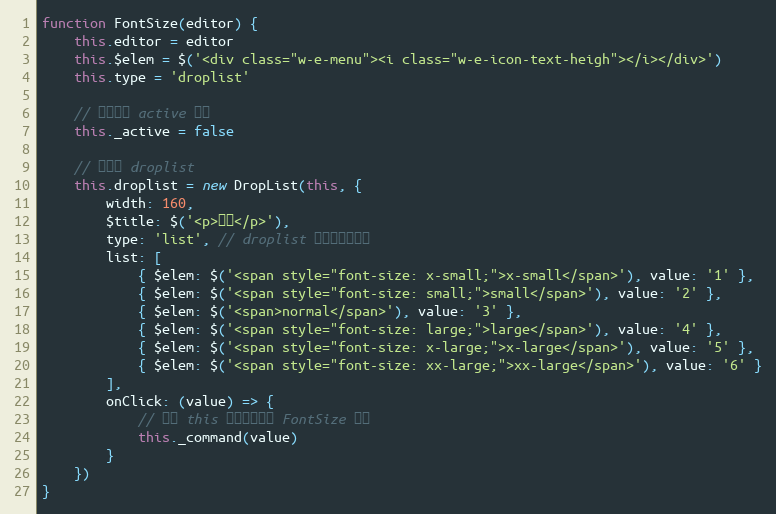
Language: JavaScript
function FontSize(editor) {
    this.editor = editor
    this.$elem = $('<div class="w-e-menu"><i class="w-e-icon-text-heigh"></i></div>')
    this.type = 'droplist'

    // 当前是否 active 状态
    this._active = false

    // 初始化 droplist
    this.droplist = new DropList(this, {
        width: 160,
        $title: $('<p>字号</p>'),
        type: 'list', // droplist 以列表形式展示
        list: [
            { $elem: $('<span style="font-size: x-small;">x-small</span>'), value: '1' },
            { $elem: $('<span style="font-size: small;">small</span>'), value: '2' },
            { $elem: $('<span>normal</span>'), value: '3' },
            { $elem: $('<span style="font-size: large;">large</span>'), value: '4' },
            { $elem: $('<span style="font-size: x-large;">x-large</span>'), value: '5' },
            { $elem: $('<span style="font-size: xx-large;">xx-large</span>'), value: '6' }
        ],
        onClick: (value) => {
            // 注意 this 是指向当前的 FontSize 对象
            this._command(value)
        }
    })
}